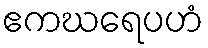
ဧကဃရေပဟံ